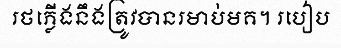
រថភ្លើងនឹងត្រូវបានរមាប់មគ។ របៀប